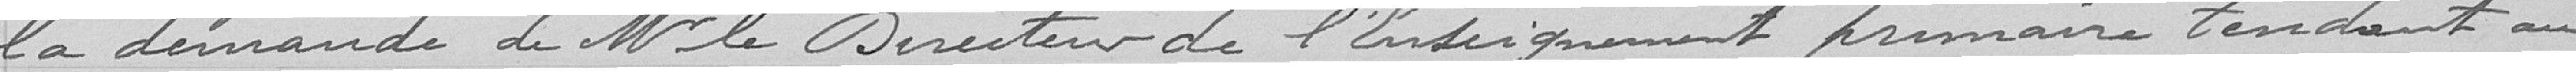
la demande de Monsieur le Directeur de l'Enseignement primaire tendant au